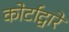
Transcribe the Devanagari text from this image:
कोर्टाद्वारे